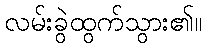
လမ်းခွဲထွက်သွား၏။